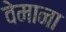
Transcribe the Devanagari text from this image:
वेमाना